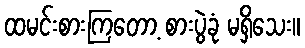
ထမင်းစားကြတော့ စားပွဲခုံ မရှိသေး။